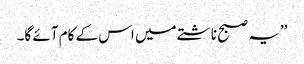
’’یہ صبح ناشتے میں اس کے کام آئے گا۔